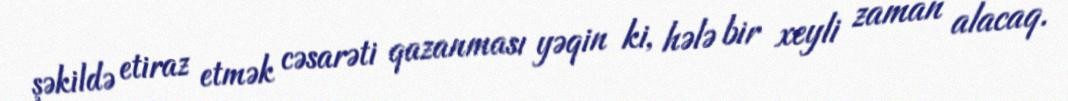
şəkildə etiraz etmək cəsarəti qazanması yəqin ki, hələ bir xeyli zaman alacaq.